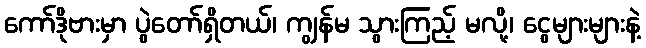
ကော်ဒိုဗားမှာ ပွဲတော်ရှိတယ်၊ ကျွန်မ သွားကြည့် မလို့၊ ငွေများများနဲ့